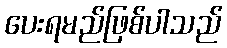
ပေးရမည်ဖြစ်ပါသည်